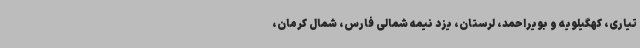
تیاری، کهگیلویه و بویراحمد، لرستان، یزد نیمه شمالی فارس، شمال کرمان،